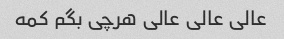
عالی عالی عالی هرچی بگم کمه